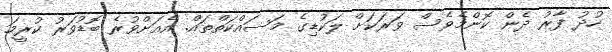
ހުދު ފާރު ދެން ކޮންމެވެސް ވަރަކަށް ލަކުޑިގެ މަސައްކަތްތައް. އެއަށްވުރެ ބޮޑުވަރު ކުރީމަ